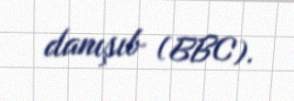
danışıb (BBC).